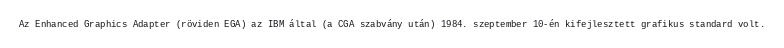
Az Enhanced Graphics Adapter (röviden EGA) az IBM által (a CGA szabvány után) 1984. szeptember 10-én kifejlesztett grafikus standard volt.